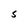
Character: S